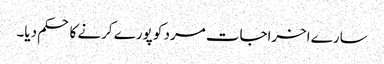
سارے اخراجات مرد کو پورے کرنے کا حکم دیا۔